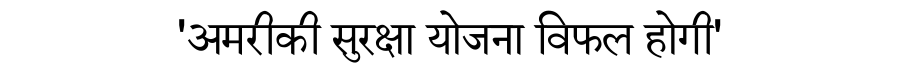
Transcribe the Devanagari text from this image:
'अमरीकी सुरक्षा योजना विफल होगी'